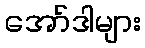
အော်ဒါများ